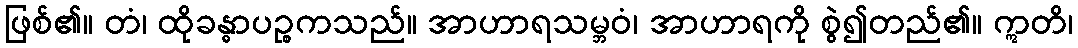
ဖြစ်၏။ တံ၊ ထိုခန္ဓာပဉ္စကသည်။ အာဟာရသမ္ဘဝံ၊ အာဟာရကို စွဲ၍တည်၏။ ဣတိ၊